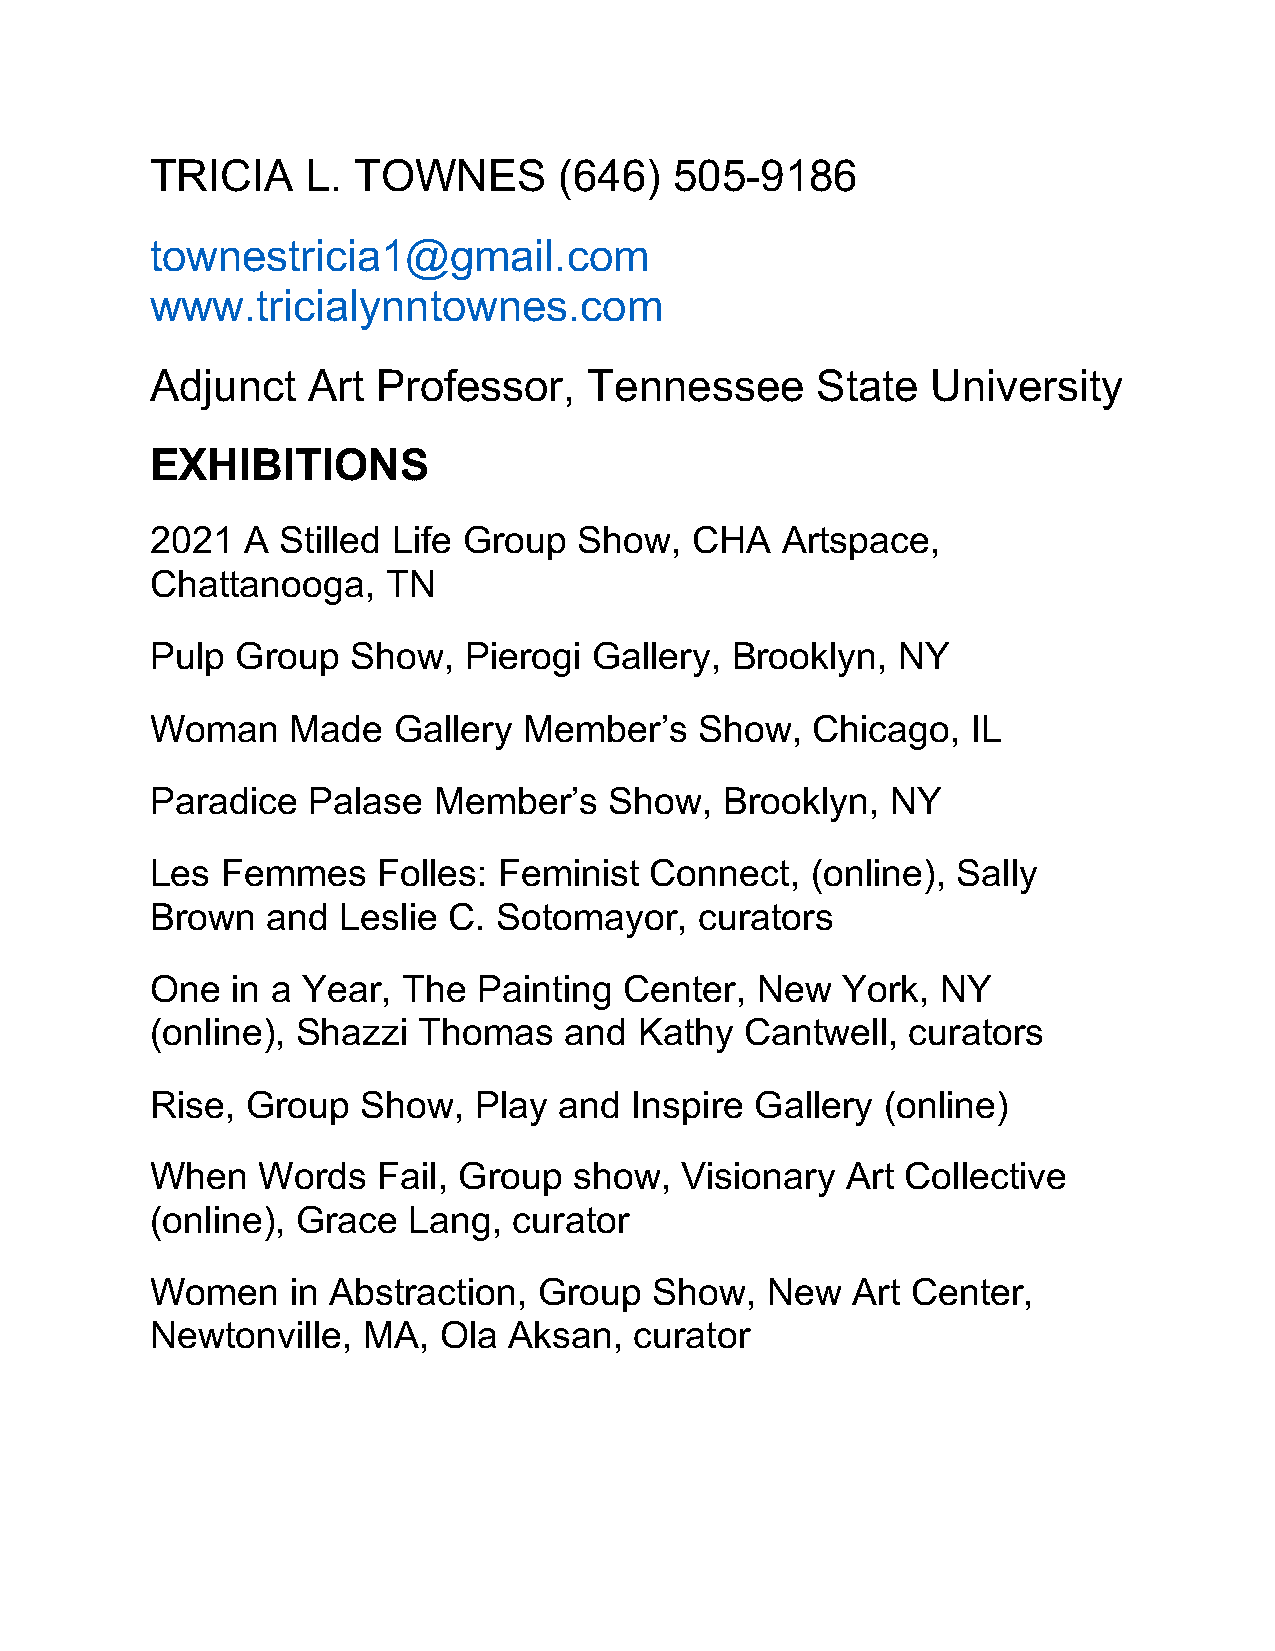
TRICIA    L. TOWNES        (646)   505-9186
 townestricia1@gmail.com
 www.tricialynntownes.com
 Adjunct   Art  Professor,    Tennessee      State   University
 EXHIBITIONS
 2021  A Stilled Life Group  Show,   CHA   Artspace,
 Chattanooga,    TN
 Pulp  Group  Show,   Pierogi Gallery, Brooklyn,  NY
 Woman    Made   Gallery  Member’s   Show,   Chicago,  IL
 Paradice  Palase   Member’s   Show,   Brooklyn,  NY
 Les  Femmes    Folles: Feminist  Connect,   (online), Sally
 Brown   and Leslie  C. Sotomayor,   curators
 One  in a Year,  The  Painting Center,  New   York, NY
 (online), Shazzi  Thomas   and  Kathy  Cantwell,  curators
 Rise, Group   Show,  Play  and  Inspire Gallery  (online)
 When   Words   Fail, Group  show,  Visionary  Art Collective
 (online), Grace  Lang,  curator
 Women    in Abstraction,  Group  Show,   New  Art Center,
 Newtonville,  MA,  Ola  Aksan,  curator